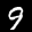
Label: 9